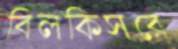
বিলকিসরে